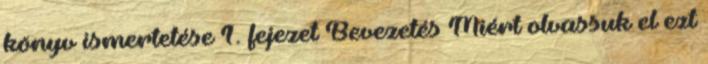
könyv ismertetése 1. fejezet Bevezetés Miért olvassuk el ezt